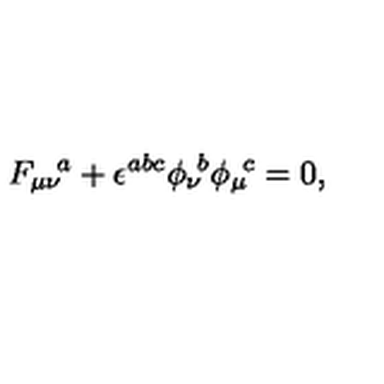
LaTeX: { F _ { \mu \nu } } \! ^ { a } + \epsilon ^ { a b c } { \phi _ { \nu } } \! ^ { b } { \phi _ { \mu } } \! ^ { c } = 0 ,